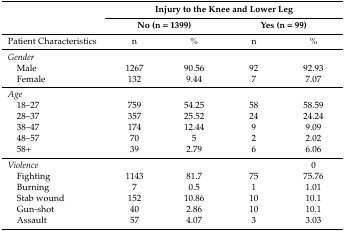
| <ROWSPAN=2>  | <COLSPAN=4> Injury to the Knee and Lower Leg |
 | <COLSPAN=2> No (n = 1399) | <COLSPAN=2> Yes (n = 99) |
 | --- | --- | --- | --- | --- |
 | Patient Characteristics | n | % | n | % |
 | Gender |  |  |  |  |
 | Male | 1267 | 90.56 | 92 | 92.93 |
 | Female | 132 | 9.44 | 7 | 7.07 |
 | Age |  |  |  |  |
 | 18–27 | 759 | 54.25 | 58 | 58.59 |
 | 28–37 | 357 | 25.52 | 24 | 24.24 |
 | 38–47 | 174 | 12.44 | 9 | 9.09 |
 | 48–57 | 70 | 5 | 2 | 2.02 |
 | 58+ | 39 | 2.79 | 6 | 6.06 |
 | Violence |  |  |  | 0 |
 | Fighting | 1143 | 81.7 | 75 | 75.76 |
 | Burning | 7 | 0.5 | 1 | 1.01 |
 | Stab wound | 152 | 10.86 | 10 | 10.1 |
 | Gun-shot | 40 | 2.86 | 10 | 10.1 |
 | Assault | 57 | 4.07 | 3 | 3.03 |